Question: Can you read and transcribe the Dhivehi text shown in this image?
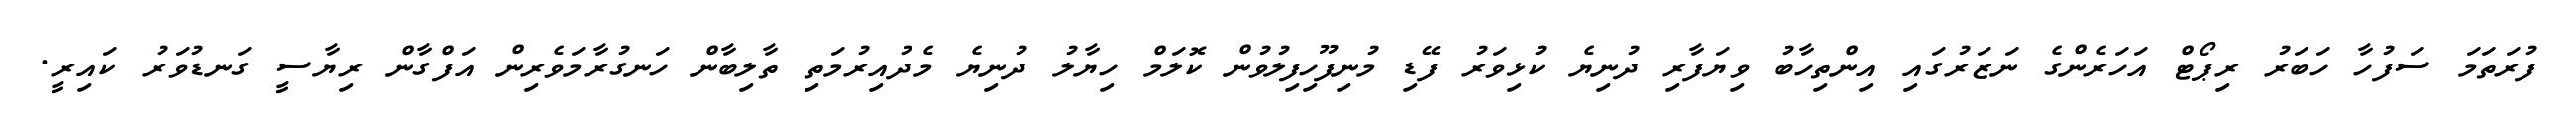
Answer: ފުރަތަމަ ސަފުހާ ހަބަރު ރިޕޯޓް އަހަރެންގެ ނަޒަރުގައި އިންތިހާބު ވިޔަފާރި ދުނިޔެ ކުޅިވަރު ފޭޑި މުނިފޫހިފިލުވުން ކޮލަމް ހިޔާލު ދުނިޔެ މެދުއިރުމަތި ތާލިބާން ހަނގުރާމަވެރިން އަފްގާން ރިޔާސީ ގަނޑުވަރު ކައިރީ.